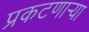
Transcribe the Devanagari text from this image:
प्रकटणाऱ्या